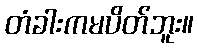
တံခါးကမပိတ်ဘူး။